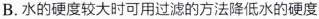
B.水的硬度较大时可用过滤的方法降低水的硬度